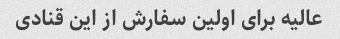
عالیه برای اولین سفارش از این قنادی